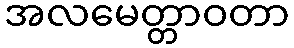
အလမေတ္တာဝတာ